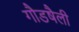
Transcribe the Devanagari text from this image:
गौडषैली